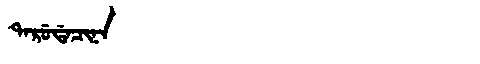
Manchu: ᡨᠠᡵᡠᡩᠠᠴᡳᠨᠠ
Romanization: TARUDACINA